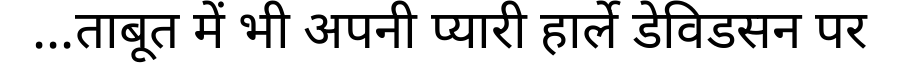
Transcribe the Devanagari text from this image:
...ताबूत में भी अपनी प्यारी हार्ले डेविडसन पर